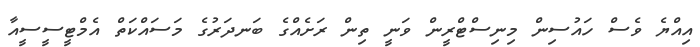
އިއްޔެ ވެސް ހައުސިން މިނިސްޓްރީން ވަނީ ތިން ރަށެއްގެ ބަނދަރުގެ މަސައްކަތް އެމްޓީސީސީއާ